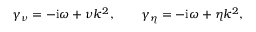
\gamma _ { \nu } = - \mathrm { i } \omega + \nu k ^ { 2 } , \qquad \gamma _ { \eta } = - \mathrm { i } \omega + \eta k ^ { 2 } ,